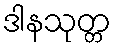
ဒါနသုတ္တ